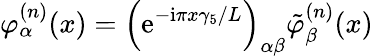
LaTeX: \varphi_{\alpha}^{(n)}(x)=\left(\mathrm{e}^{-\mathrm{i}\pi x\gamma_{5}/L}\right)_{\alpha\beta}\tilde{\varphi}_{\beta}^{(n)}(x)